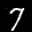
Label: 7